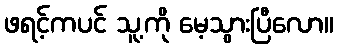
ဖရင့်ကပင် သူ့ကို မေ့သွားပြီလော။